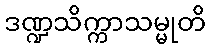
ဒဏ္ဍသိက္ကာသမ္မုတိ